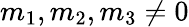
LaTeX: m_{1},m_{2},m_{3}\neq 0